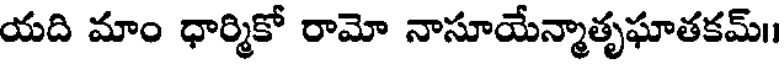
యది మాం ధార్మికో రామో నాసూయేన్మాతృఘాతకమ్।।